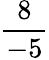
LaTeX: \frac{8}{-5}